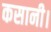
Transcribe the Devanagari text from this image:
कसानी।